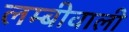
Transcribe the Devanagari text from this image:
लम्बीवाली